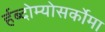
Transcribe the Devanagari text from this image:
र्हब्दोम्योसर्कोमा